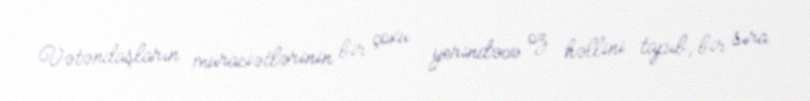
Vətəndaşların müraciətlərinin bir çoxu yerindəcə öz həllini tapıb, bir sıra